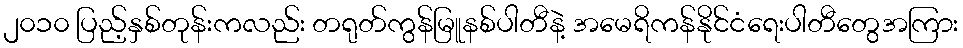
၂၀၁၀ ပြည့်နှစ်တုန်းကလည်း တရုတ်ကွန်မြူနစ်ပါတီနဲ့ အမေရိကန်နိုင်ငံရေးပါတီတွေအကြား